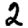
Digit: 2